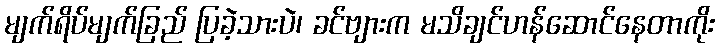
မျက်ရိပ်မျက်ခြည် ပြခဲ့သားပဲ၊ ခင်ဗျားက မသိချင်ဟန်ဆောင်နေတာကိုး